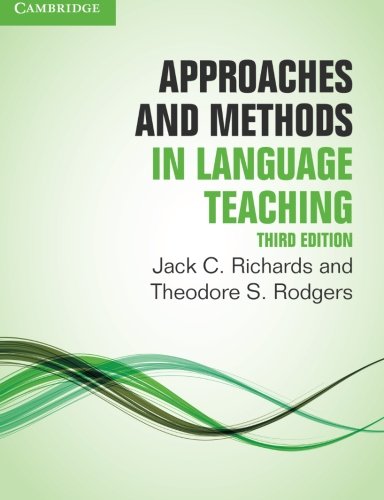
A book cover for Approaches and Methods in Language Teaching (Cambridge Language Teaching Library); Jack C. Richards; Politics & Social Sciences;